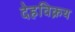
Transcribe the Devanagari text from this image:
देहविक्रय